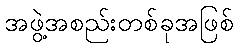
အဖွဲ့အစည်းတစ်ခုအဖြစ်